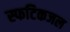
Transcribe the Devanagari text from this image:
स्फटिकजल